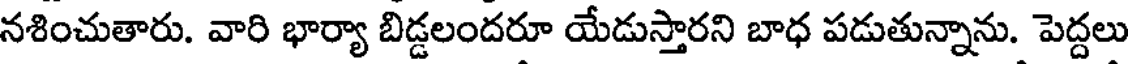
నశించుతారు. వారి భార్యా బిడ్డలందరూ యేడుస్తారని బాధ పడుతున్నాను. పెద్దలు